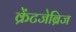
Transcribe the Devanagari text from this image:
क्रेंटजेब्रिज